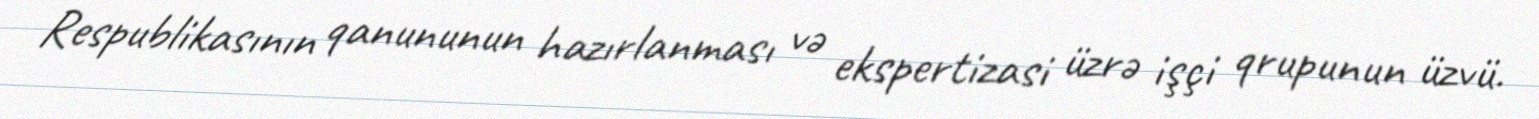
Respublikasının qanununun hazırlanması və ekspertizasi üzrə işçi qrupunun üzvü.